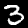
Digit: 3